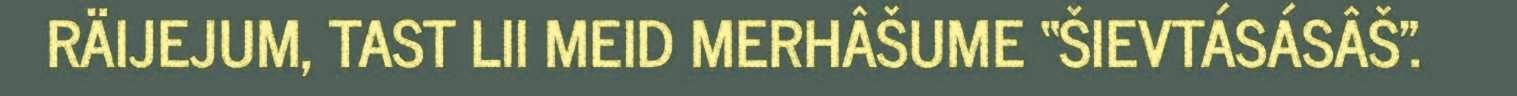
RÄIJEJUM, TAST LII MEID MERHÂŠUME “ŠIEVTÁSÁSÂŠ".